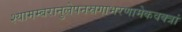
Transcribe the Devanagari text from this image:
श्यामम्बरानुलेपनस्रगाभरणामेकवक्त्रां